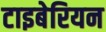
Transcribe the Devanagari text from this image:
टाइबेरियन